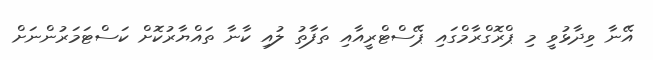
އޭނާ ވިދާޅުވީ މި ޕްރޮގްރާމްގައި ޕޭސްޓްރީއާއި ތަފާތު ލުއި ކާނާ ތައްޔާރުކޮށް ކަސްޓަމަރުންނަށް